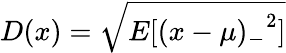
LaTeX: D(x)={\sqrt{E[{(x-\mu)_{-}}^{2}]}}